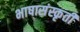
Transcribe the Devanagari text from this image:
भाषासंस्कृती